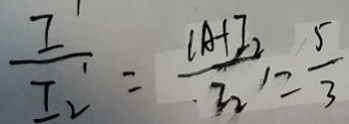
\frac { I ^ { \prime } } { I _ { 2 } ^ { \prime } } = \frac { l A + I _ { 2 } } { I _ { 2 } ^ { \prime } } = \frac { 5 } { 3 }